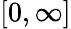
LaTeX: [0,\infty]